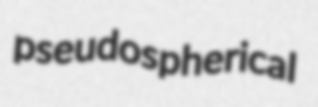
pseudospherical